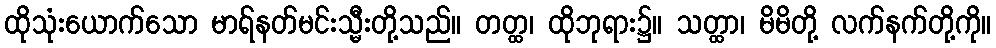
ထိုသုံးယောက်သော မာရ်နတ်မင်းသ္မီးတို့သည်။ တတ္ထ၊ ထိုဘုရား၌။ သတ္ထာ၊ မိမိတို့ လက်နက်တို့ကို။